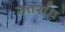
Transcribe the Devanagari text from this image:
उत्तर्राध